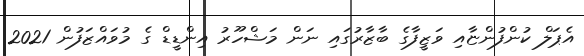
އެޕަލް ކުންފުންޏާއި ވަޒީފާގެ ބާޒާރުގައި ނަން މަޝްހޫރު އިންޑީޑް ގެ މުވައްޒަފުން 2021